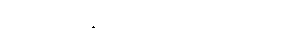
ညပိုင်းတွင် ပညာသင်သည်။